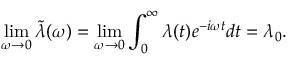
\operatorname* { l i m } _ { \omega \rightarrow 0 } \tilde { \lambda } ( \omega ) = \operatorname* { l i m } _ { \omega \rightarrow 0 } \int _ { 0 } ^ { \infty } \lambda ( t ) e ^ { - i \omega t } d t = \lambda _ { 0 } .